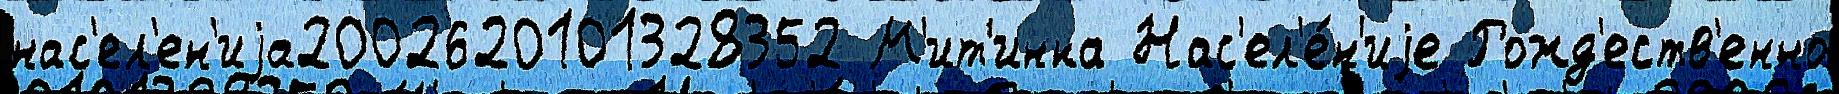
нас'ел'ен'иjа2002620101328352 М'ит'инка Нас'ел'е́н'иjе Рожд'еств'енно